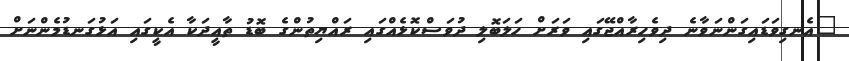
"އެނގިވަޑައިގަންނަވާނެ ދިވެހިރާއްޖޭގައި ވަރަށް ހަލަބޮލި ދުވަސްކޮޅެއްގައި ރައްޔިތުންގެ ބޮޑު ތާއީދަކާ އެކީގައި އަޅުގަނޑުމެންނަށް